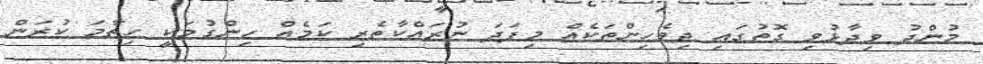
މުންދު ވިދާޅުވި ގޮތުގައި ދިވެހިންތަކެއް މިފަދަ ނުރައްކާތެރި ކަމެއް ހިންގުމަކީ ހިތާމަ ކުރަން